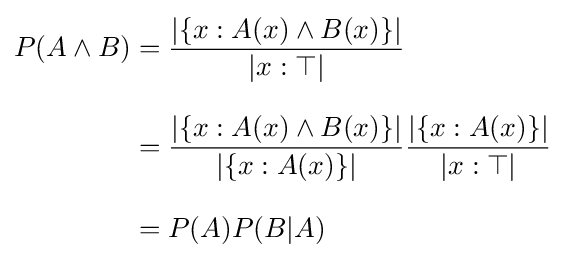
{\begin{aligned}P(A\land B)&={\frac {|\{x:A(x)\land B(x)\}|}{|x:\top |}}\\[8pt]&={\frac {|\{x:A(x)\land B(x)\}|}{|\{x:A(x)\}|}}{\frac {|\{x:A(x)\}|}{|x:\top |}}\\[8pt]&=P(A)P(B|A)\end{aligned}}